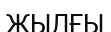
ЖЫЛҒЫ